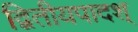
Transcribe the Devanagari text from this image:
द्वितीयपादश्